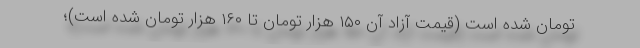
تومان شده است (قیمت آزاد آن ۱۵۰ هزار تومان تا ۱۶۰ هزار تومان شده است)؛